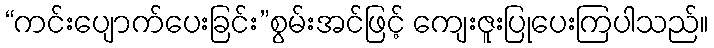
“ကင်းပျောက်ပေးခြင်း”စွမ်းအင်ဖြင့် ကျေးဇူးပြုပေးကြပါသည်။